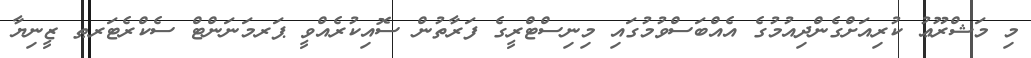
މި މަޝްރޫޢު ކުރިއަށްގެންދިއުމުގެ އެއްބަސްވުމުގައި މިނިސްޓްރީގެ ފަރާތުން ސޮއިކުރެއްވީ ޕަރމަނަންޓް ސެކްރެޓަރޠ ޒީނިޔާ